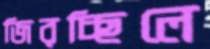
জিরচ্ছিলে